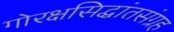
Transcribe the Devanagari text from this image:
गोरक्षसिद्धांतसंग्रह